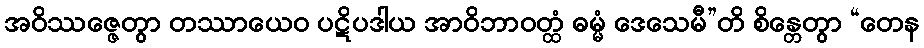
အဝိဿဇ္ဇေတွာ တဿာယေဝ ပဋိပဒါယ အာဝိဘာဝတ္ထံ ဓမ္မံ ဒေသေမီ”တိ စိန္တေတွာ “တေန